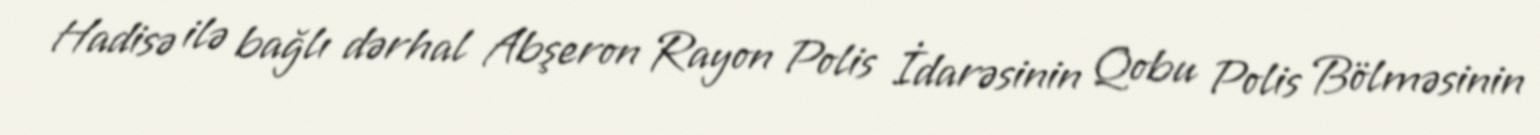
Hadisə ilə bağlı dərhal Abşeron Rayon Polis İdarəsinin Qobu Polis Bölməsinin